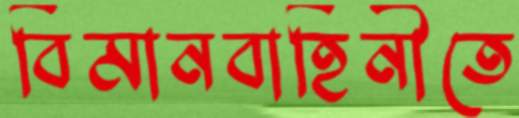
বিমানবাহিনীতে